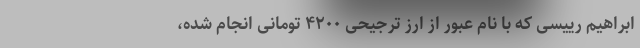
ابراهیم رییسی که با نام عبور از ارز ترجیحی ۴۲۰۰ تومانی انجام شده،